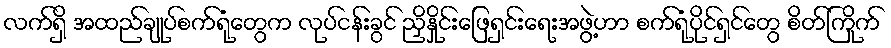
လက်ရှိ အထည်ချုပ်စက်ရုံတွေက လုပ်ငန်းခွင် ညှိနှိုင်းဖြေရှင်းရေးအဖွဲ့ဟာ စက်ရုံပိုင်ရှင်တွေ စိတ်ကြိုက်